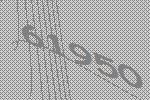
61950